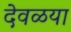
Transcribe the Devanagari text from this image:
देवळया